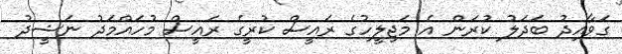
ގަވާއިދު ބަދަލު ކުރަން އެ މަޖިލީހުގެ ރައީސް ކުރީގެ ރައީސް މުހައްމަދު ނަޝީދު